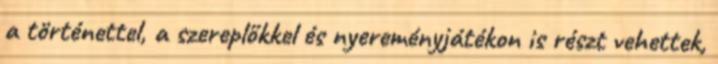
a történettel, a szereplőkkel és nyereményjátékon is részt vehettek,